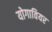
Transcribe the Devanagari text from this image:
योगावियर